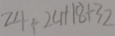
2 4 \div 2 4 + 1 8 + 3 2